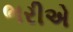
ભરીએ